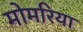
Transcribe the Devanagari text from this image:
मोमरिया